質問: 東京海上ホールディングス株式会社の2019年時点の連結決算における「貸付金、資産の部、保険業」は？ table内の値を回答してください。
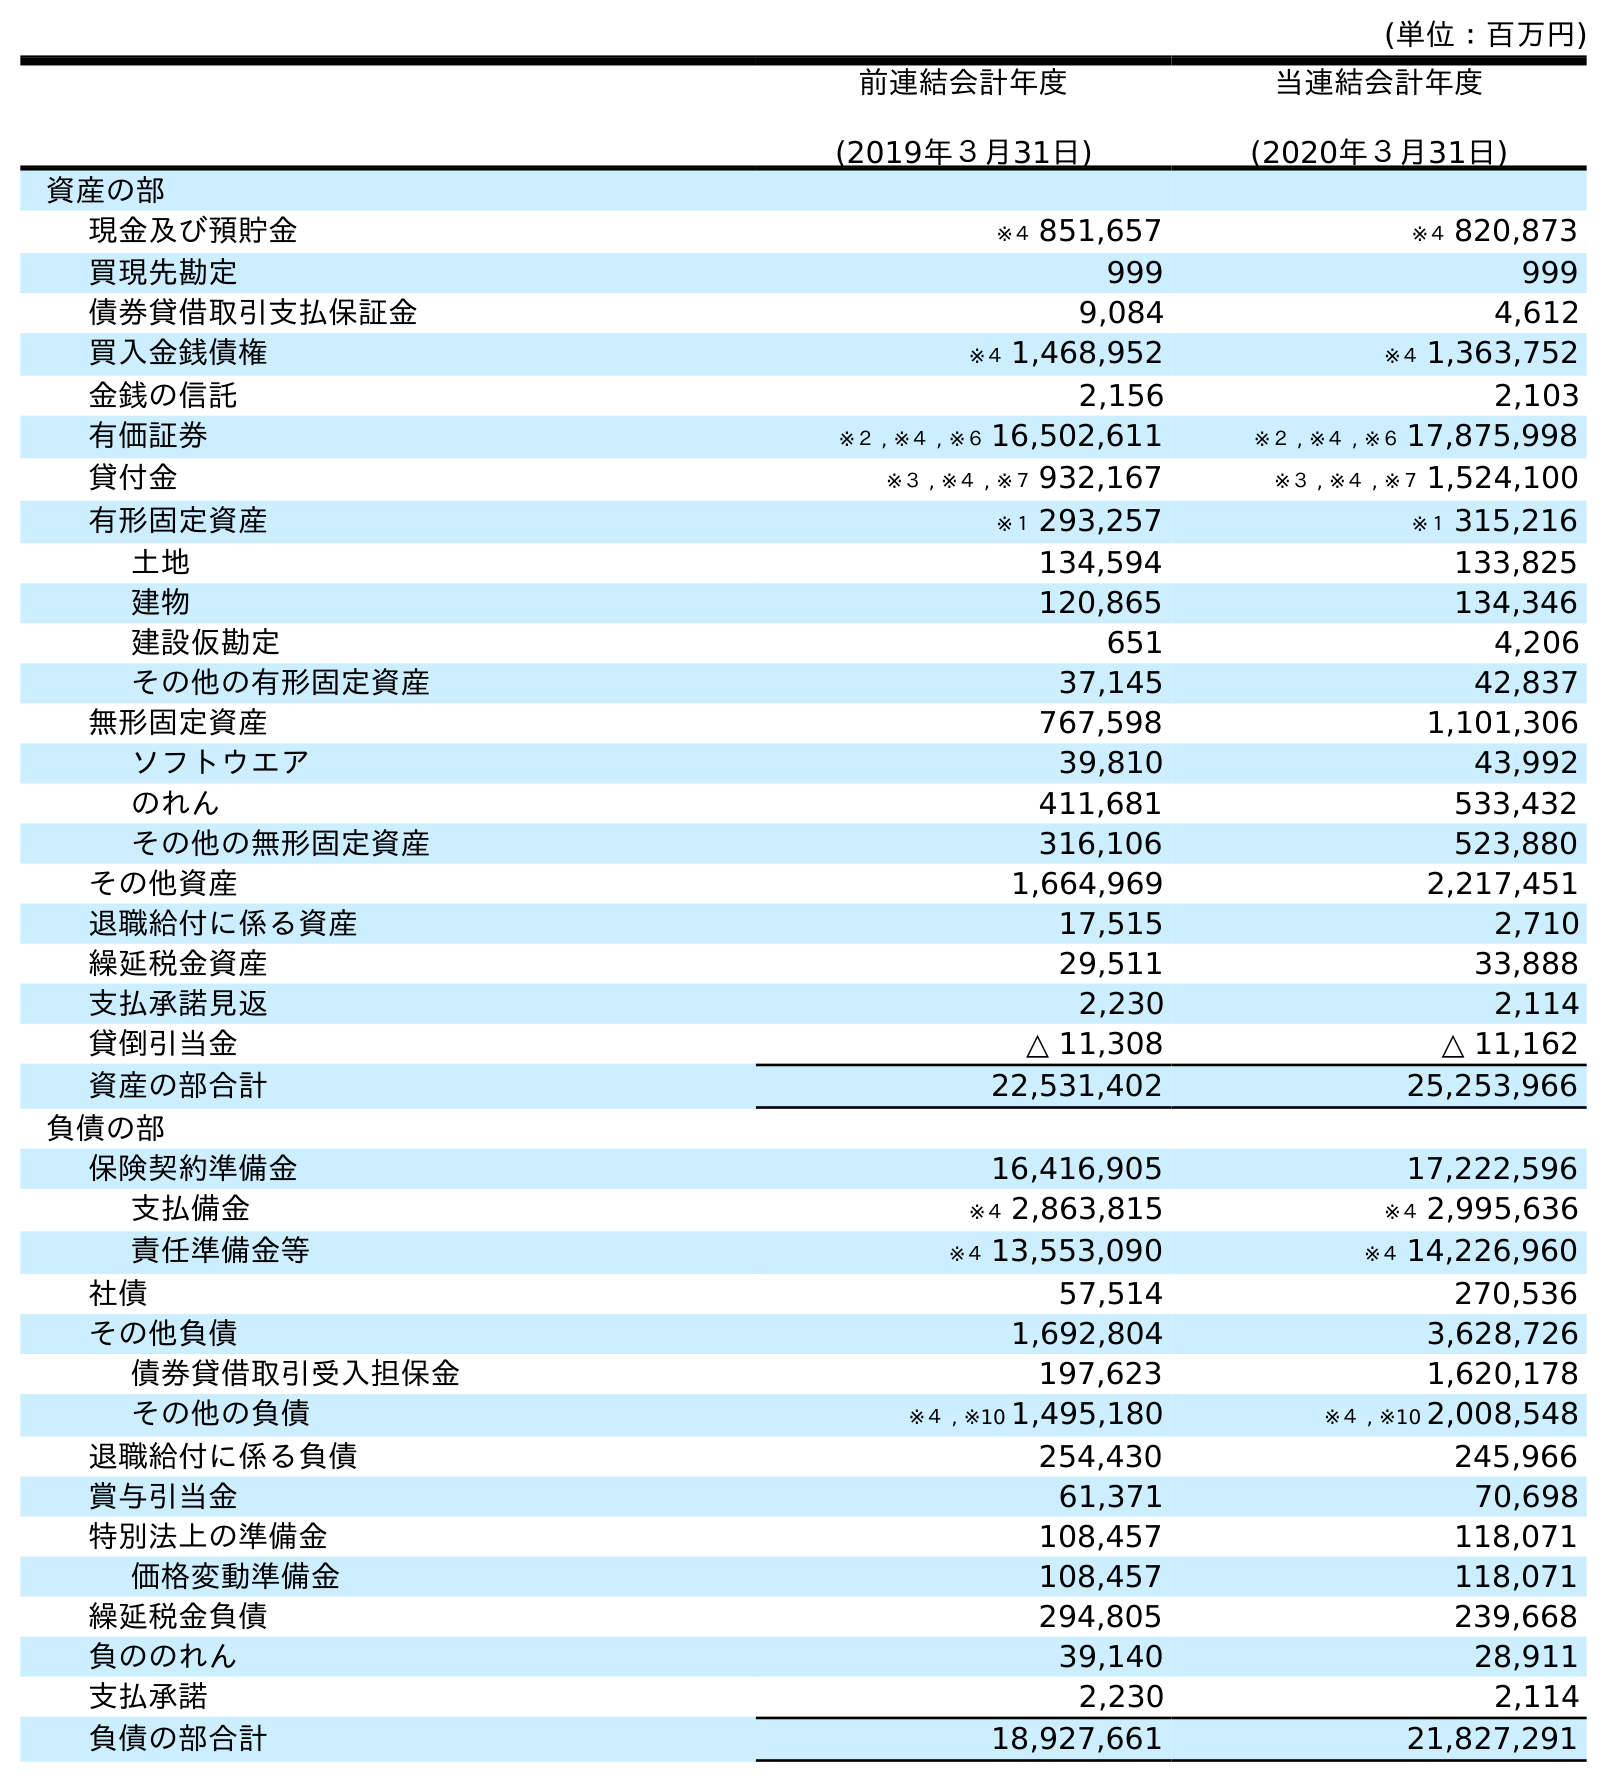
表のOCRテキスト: (単位：百万円) 前連結会計年度 (2019年３月31日) 当連結会計年度 (2020年３月31日) 資産の部 現金及び預貯金 ※４ 851,657 ※４ 820,873 買現先勘定 999 999 債券貸借取引支払保証金 9,084 4,612 買入金銭債権 ※４ 1,468,952 ※４ 1,363,752 金銭の信託 2,156 2,103 有価証券 ※２ , ※４ , ※６ 16,502,611 ※２ , ※４ , ※６ 17,875,998 貸付金 ※３ , ※４ , ※７ 932,167 ※３ , ※４ , ※７ 1,524,100 有形固定資産 ※１ 293,257 ※１ 315,216 土地 134,594 133,825 建物 120,865 134,346 建設仮勘定 651 4,206 その他の有形固定資産 37,145 42,837 無形固定資産 767,598 1,101,306 ソフトウエア 39,810 43,992 のれん 411,681 533,432 その他の無形固定資産 316,106 523,880 その他資産 1,664,969 2,217,451 退職給付に係る資産 17,515 2,710 繰延税金資産 29,511 33,888 支払承諾見返 2,230 2,114 貸倒引当金 △ 11,308 △ 11,162 資産の部合計 22,531,402 25,253,966 負債の部 保険契約準備金 16,416,905 17,222,596 支払備金 ※４ 2,863,815 ※４ 2,995,636 責任準備金等 ※４ 13,553,090 ※４ 14,226,960 社債 57,514 270,536 その他負債 1,692,804 3,628,726 債券貸借取引受入担保金 197,623 1,620,178 その他の負債 ※４ , ※10 1,495,180 ※４ , ※10 2,008,548 退職給付に係る負債 254,430 245,966 賞与引当金 61,371 70,698 特別法上の準備金 108,457 118,071 価格変動準備金 108,457 118,071 繰延税金負債 294,805 239,668 負ののれん 39,140 28,911 支払承諾 2,230 2,114 負債の部合計 18,927,661 21,827,291
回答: ※３,※４,※７932,167